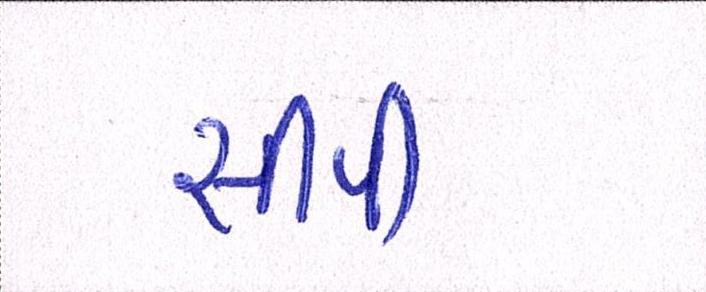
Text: સીપી